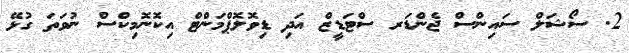
2. ސޯޝަލް ސައިންސް ޖެންޑަރ ސްޓަޑީޒް އަދި ޑިވޮލޮޕްމަންޓް އިކޮނޮމިކްސް ނުވަތަ ގުޅޭ